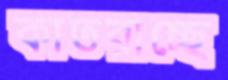
কাতরাচ্ছে